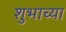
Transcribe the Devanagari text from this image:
शुभाच्या